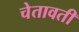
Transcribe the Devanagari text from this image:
चेतावती